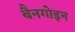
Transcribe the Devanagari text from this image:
बैनगोइन